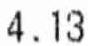
4.13